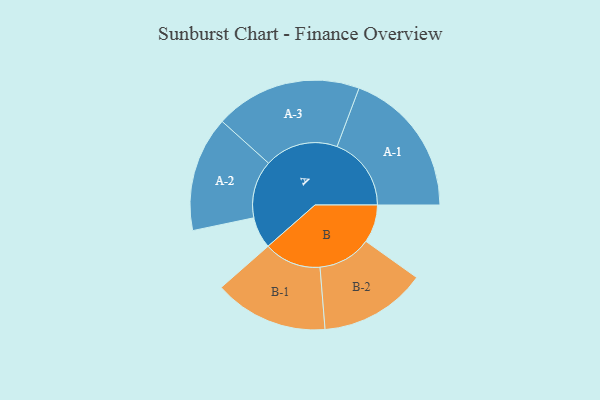
{"axis": {"x": "Segment", "y": "Value"}, "legend": ["", "A", "B"], "data": [{"x": "A", "y": 127, "type": ""}, {"x": "B", "y": 153, "type": ""}, {"x": "A-1", "y": 299, "type": "A"}, {"x": "A-2", "y": 232, "type": "A"}, {"x": "A-3", "y": 296, "type": "A"}, {"x": "B-1", "y": 230, "type": "B"}, {"x": "B-2", "y": 215, "type": "B"}]}